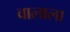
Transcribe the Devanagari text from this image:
वालाला